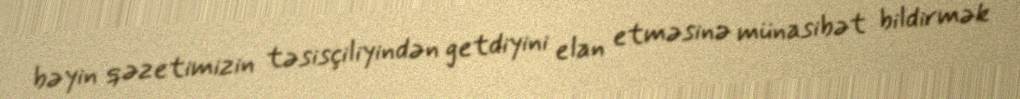
bəyin qəzetimizin təsisçiliyindən getdiyini elan etməsinə münasibət bildirmək